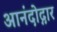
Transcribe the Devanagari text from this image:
आनंदोद्गार